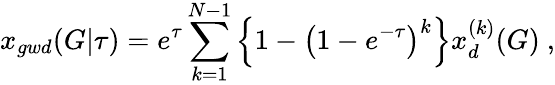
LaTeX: x_{gwd}(G|\tau)=e^{\tau}\sum_{k=1}^{N-1}\Big\{ 1-\big(1-e^{-\tau}\big)^{k}\Big\} x_{d}^{(k)}(G)\ ,